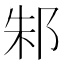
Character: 邾